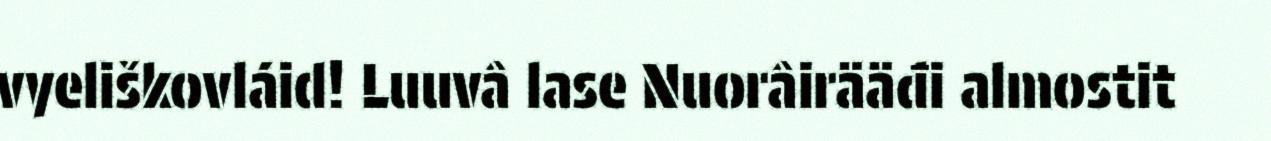
vyeliškovláid! Luuvâ lase Nuorâirääđi almostit